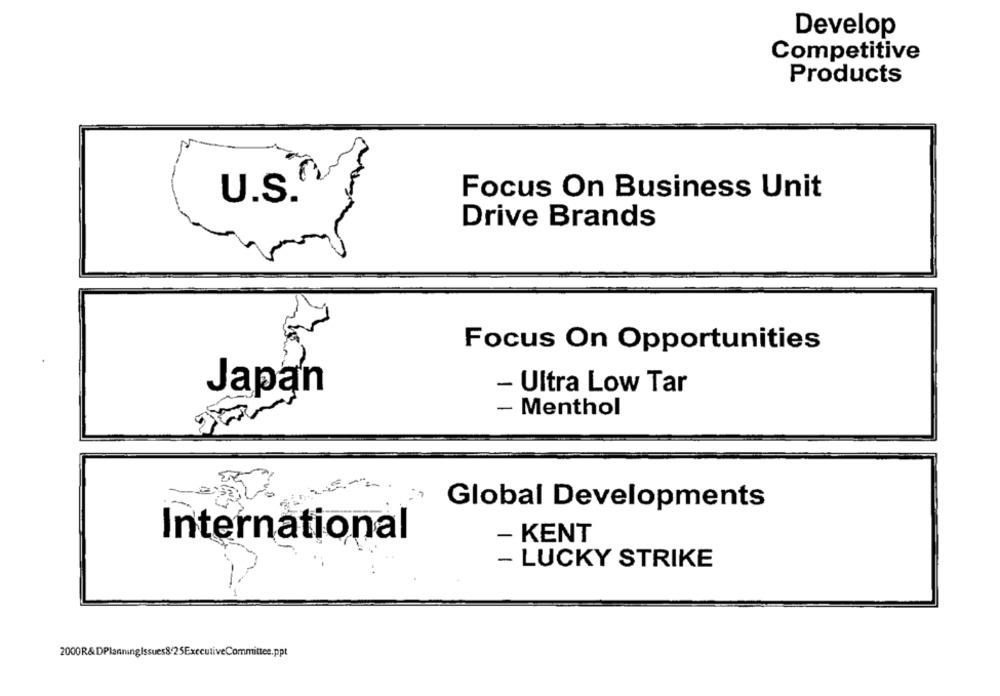
Develop
Competitive
Products
Focus On Business Unit
U.S.
Drive Brands
Focus On Opportunities
Japan
- Ultra Low Tar
- Menthol
Global Developments
International
- KENT
- LUCKY STRIKE
2000R&DPlanningIssues8/25ExecutiveCommittee.ppt